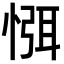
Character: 㥝